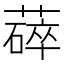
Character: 𬞚